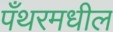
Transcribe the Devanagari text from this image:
पँथरमधील